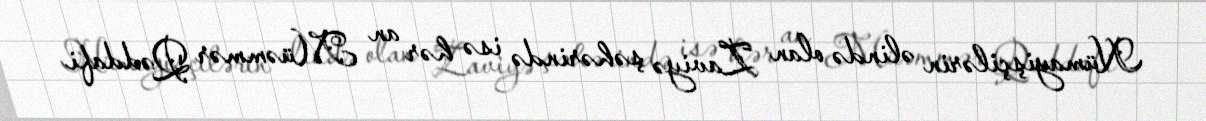
Nümayişçilərin əlində olan Zaviyə şəhərində isə hər an Müəmmər Qəddafi